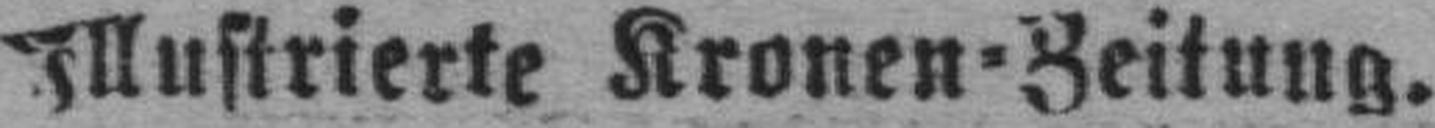
Illustrierte Kronen=Zeitung.